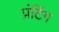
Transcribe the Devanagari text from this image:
प्रंटिंग